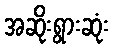
အဆိုးရွားဆုံး